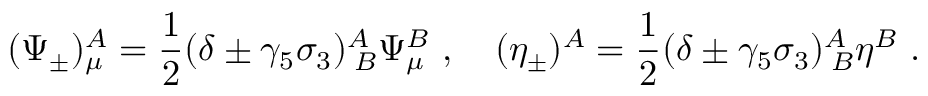
( \Psi _ { \pm } ) _ { \mu } ^ { A } = \frac { 1 } { 2 } ( \delta \pm \gamma _ { 5 } \sigma _ { 3 } ) _ { \; B } ^ { A } \Psi _ { \mu } ^ { B } \ , \quad ( \eta _ { \pm } ) ^ { A } = \frac { 1 } { 2 } ( \delta \pm \gamma _ { 5 } \sigma _ { 3 } ) _ { \; B } ^ { A } \eta ^ { B } \ .